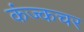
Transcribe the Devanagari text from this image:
कंज्कचर